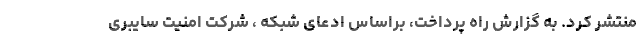
منتشر کرد. به گزارش راه پرداخت، براساس ادعای شبکه ، شرکت امنیت سایبری